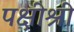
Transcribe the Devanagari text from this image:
पक्षीश्री